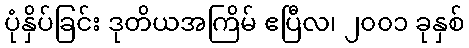
ပုံနှိပ်ခြင်း ဒုတိယအကြိမ် ဧပြီလ၊ ၂၀၀၁ ခုနှစ်